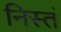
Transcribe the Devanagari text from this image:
निस्तं